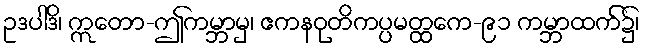
ဥဒပါဒိ၊ ဣတော-ဤကမ္ဘာမှ၊ ဧကနဝုတိကပ္ပမတ္ထကေ-၉၁ ကမ္ဘာထက်၌၊